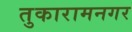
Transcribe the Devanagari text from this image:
तुकारामनगर